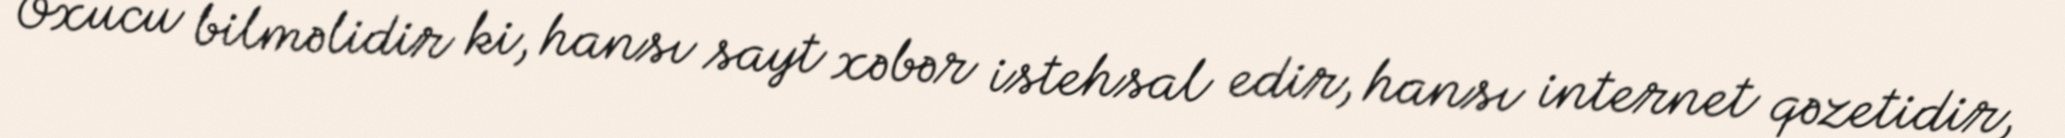
Oxucu bilməlidir ki, hansı sayt xəbər istehsal edir, hansı internet qəzetidir,